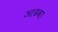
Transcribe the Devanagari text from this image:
आढवा